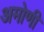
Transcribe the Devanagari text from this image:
अमोणी